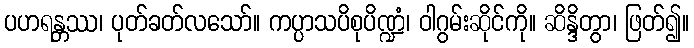
ပဟရန္တဿ၊ ပုတ်ခတ်လသော်။ ကပ္ပာသပိစုပိဏ္ဍံ၊ ဝါဂွမ်းဆိုင်ကို။ ဆိန္ဒိတွာ၊ ဖြတ်၍။